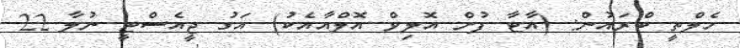
ހެލްތީ ބްރައުުން: (އާޓާ ފުށް އޮލިވް އޮލްއާއެކު) އަގު ޖީއެސްޓީ ނުލާ 22